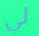
لي